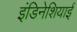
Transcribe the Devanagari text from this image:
इंडिनेशियाई